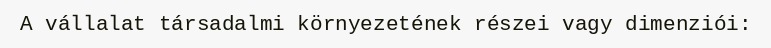
A vállalat társadalmi környezetének részei vagy dimenziói: